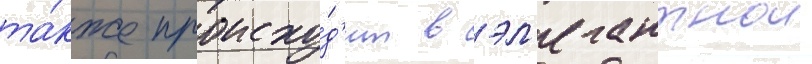
та́кже происхо́д'ит в эл'егантнои